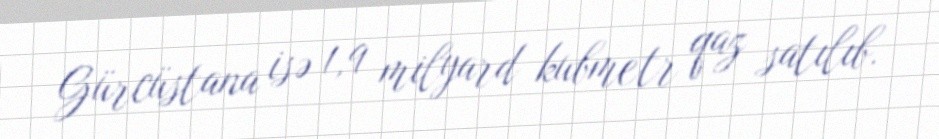
Gürcüstana isə 1,9 milyard kubmetr qaz satılıb.